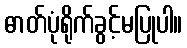
ဓာတ်ပုံရိုက်ခွင့်မပြုပါ။